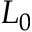
L _ { 0 }